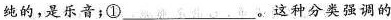
纯的，是乐音；①___。这种分类强调的